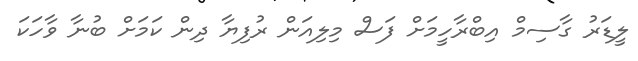
ލީޑަރު ގާސިމް އިބްރާހީމަށް ފަސް މިލިއަން ރުފިޔާ ދިން ކަމަށް ބުނާ ވާހަކަ